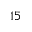
1 5